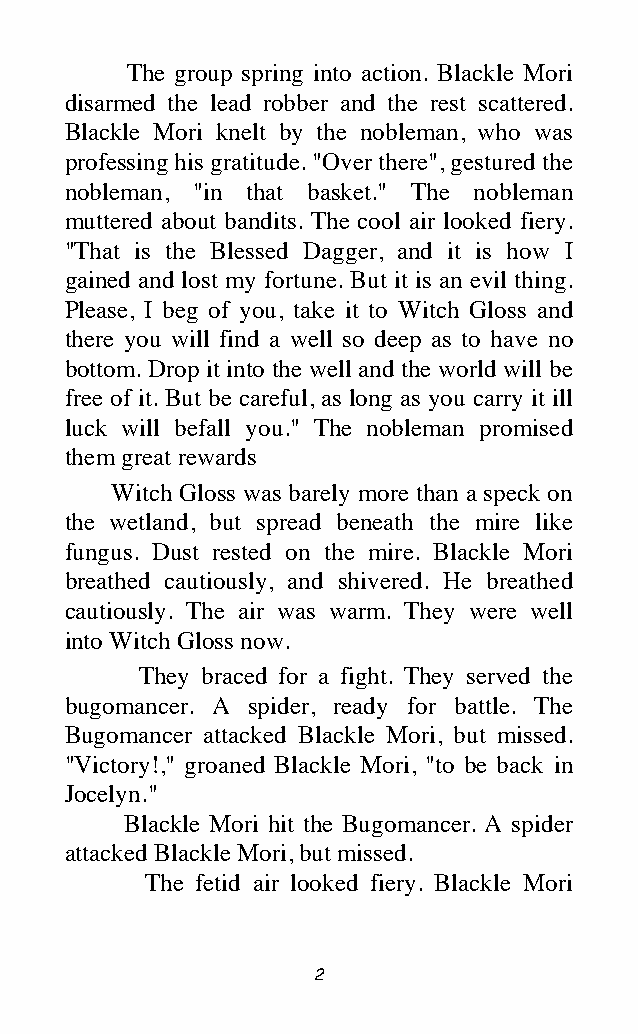
The group spring into action. Blackle Mori
 disarmed the lead robber and the rest scattered.
 Blackle Mori knelt by the nobleman, who was
 professing his gratitude. "Over there", gestured the
 nobleman, "in that basket." The nobleman
 muttered about bandits. The cool air looked fiery.
 "That is the Blessed Dagger, and it is how I
 gained and lost my fortune. But it is an evil thing.
 Please, I beg of you, take it to Witch Gloss and
 there you will find a well so deep as to have no
 bottom. Drop it into the well and the world will be
 free of it. But be careful, as long as you carry it ill
 luck will befall you." The nobleman promised
 them great rewards
 Witch Gloss was barely more than a speck on
 the wetland, but spread beneath the mire like
 fungus. Dust rested on the mire. Blackle Mori
 breathed cautiously, and shivered. He breathed
 cautiously. The air was warm. They were well
 into Witch Gloss now.
 They braced for a fight. They served the
 bugomancer. A spider, ready for battle. The
 Bugomancer attacked Blackle Mori, but missed.
 "Victory!," groaned Blackle Mori, "to be back in
 Jocelyn."
 Blackle Mori hit the Bugomancer. A spider
 attacked Blackle Mori, but missed.
 The fetid air looked fiery. Blackle Mori
 2